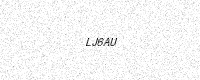
Text: LJ6AU